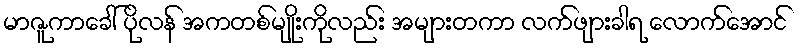
မာဇူကာခေါ် ပိုလန် အကတစ်မျိုးကိုလည်း အများတကာ လက်ဖျားခါရ လောက်အောင်